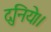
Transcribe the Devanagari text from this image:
दुनिये।।